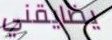
يضايقني